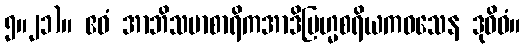
၅။၂၁)။ ဧဝံ အာဘိသမာစာရိကအာဒိဗြဟ္မစရိယကဝသေန ဒုဝိဓံ။